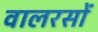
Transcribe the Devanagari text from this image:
वालरसों